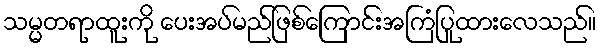
သမ္မတရာထူးကို ပေးအပ်မည်ဖြစ်ကြောင်းအကြံပြုထားလေသည်။